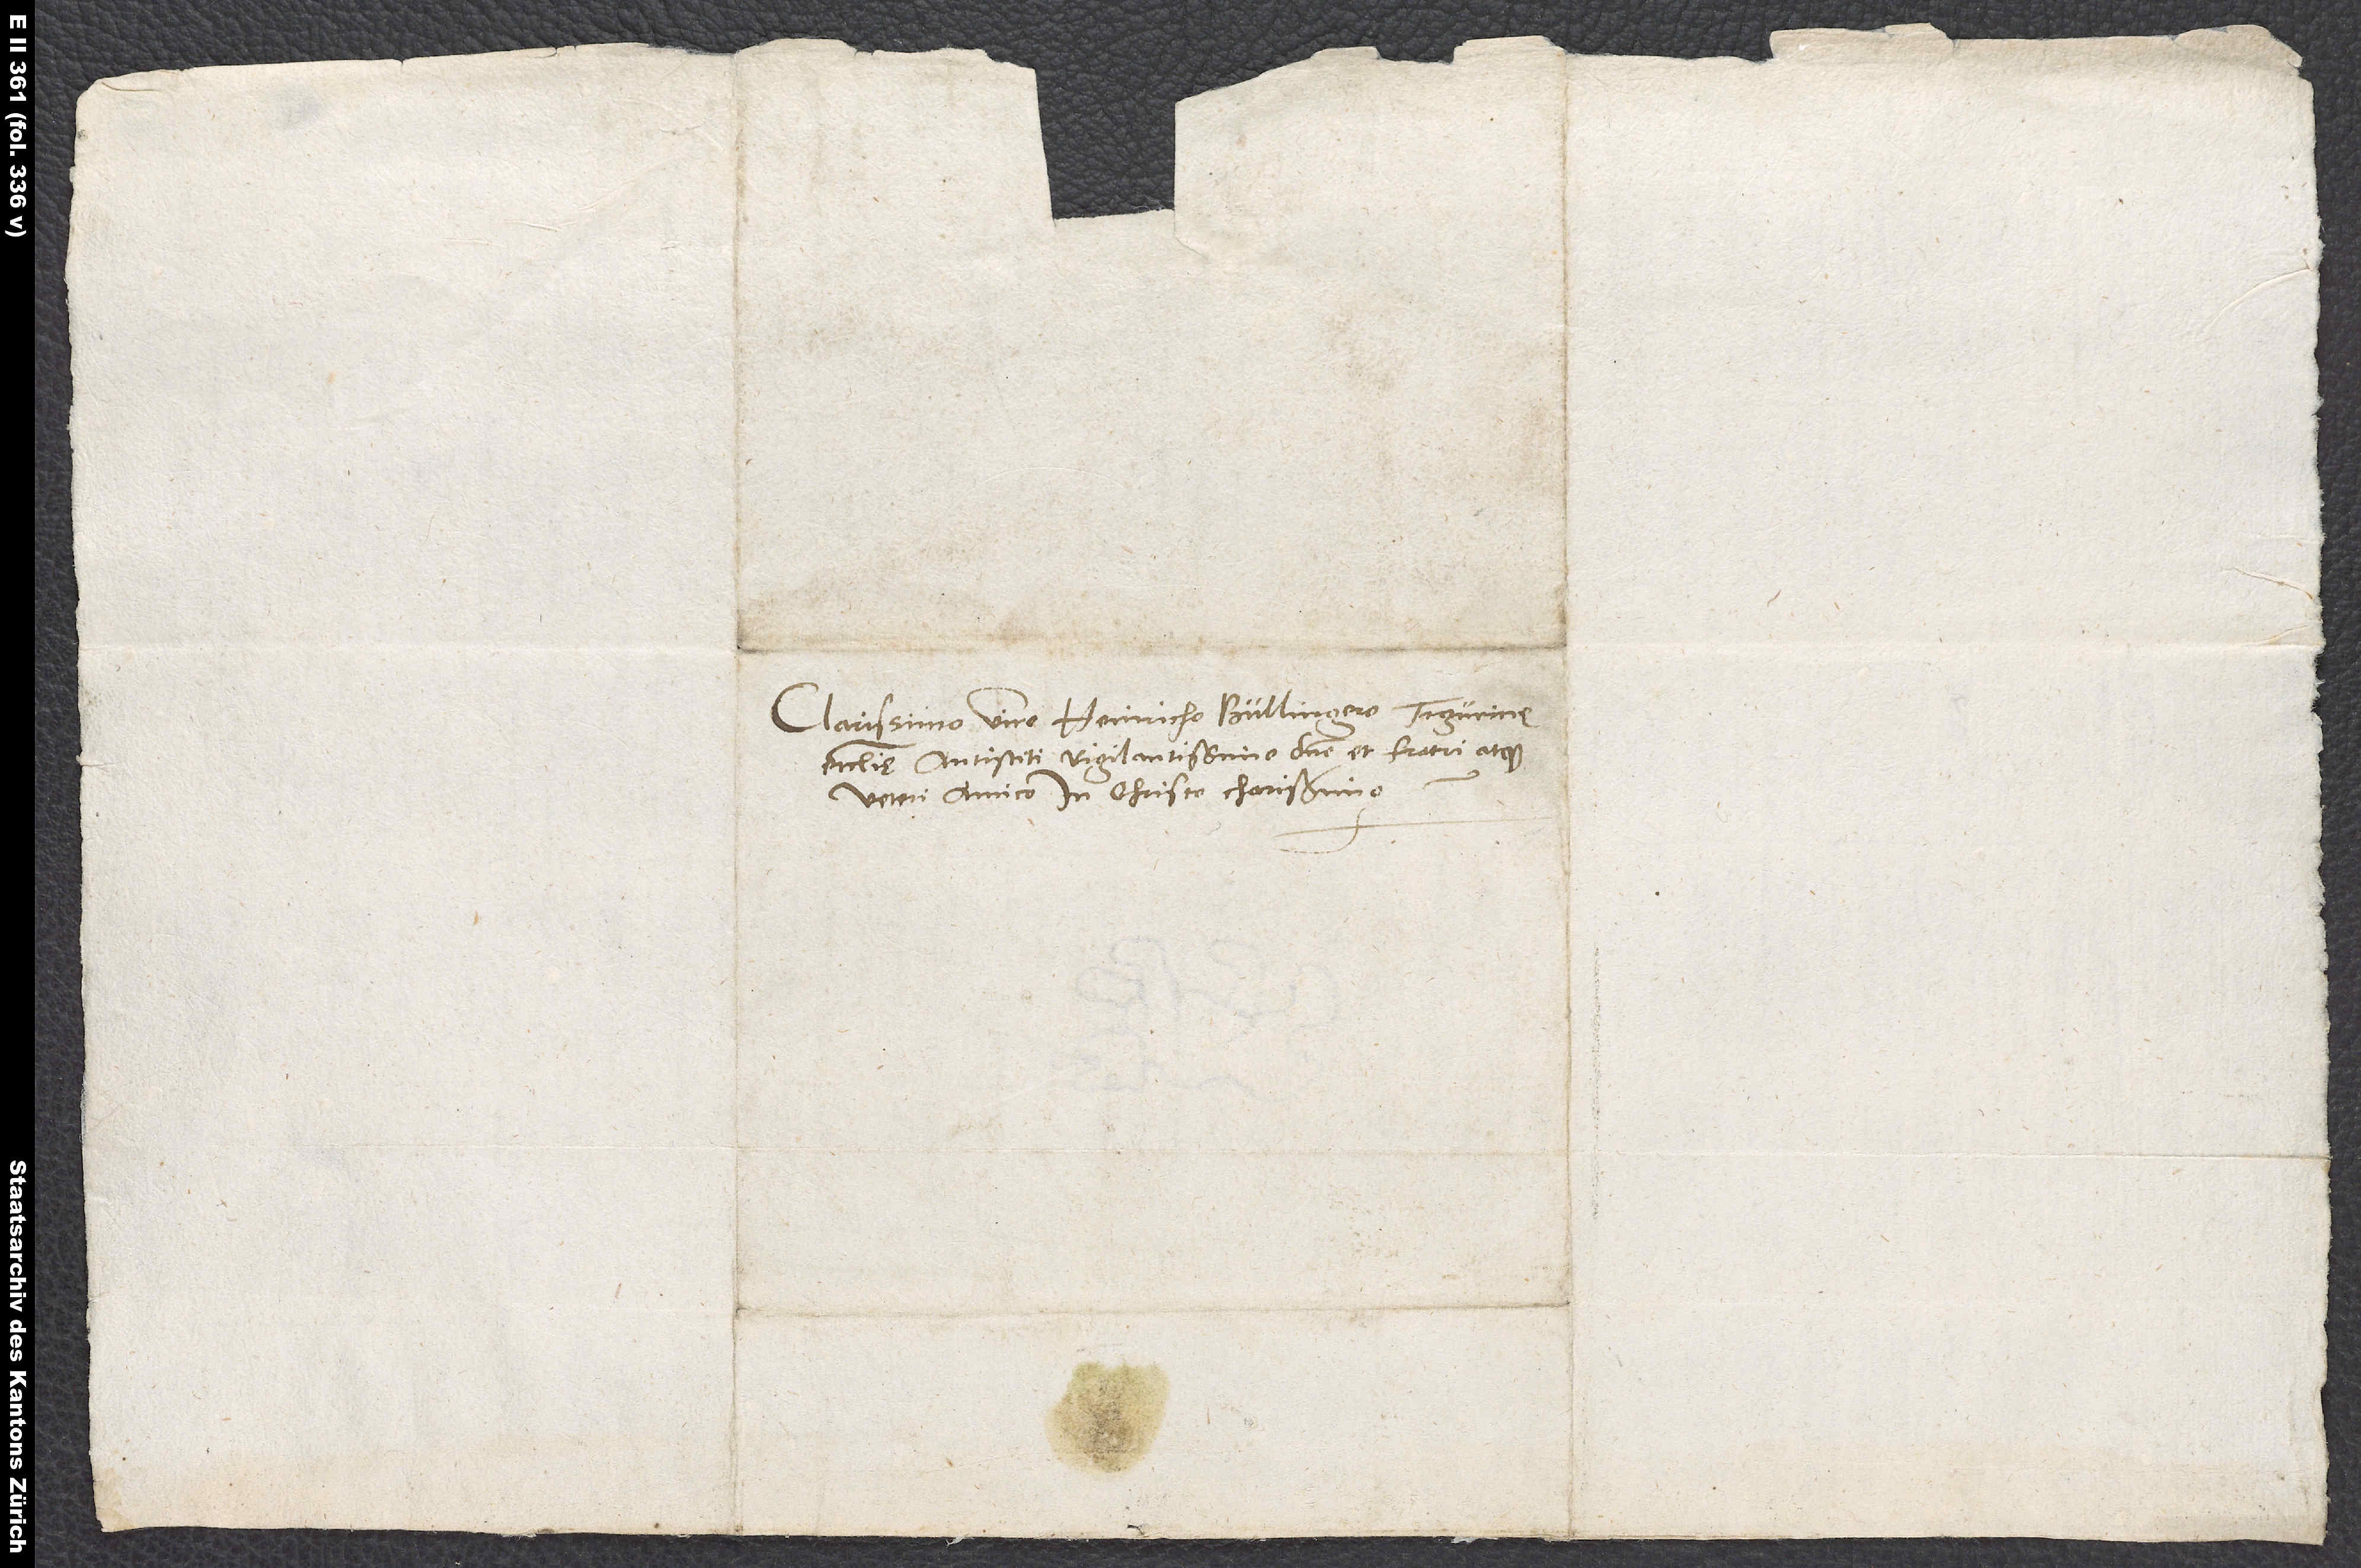
Clarissimo viro Heinricho Bullingero, Tigurinę
ecclesię antistiti vigilantissimo, domino et fratri atque
veteri amico in Christo charissimo.